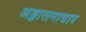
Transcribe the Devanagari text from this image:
अड्डासमाचार